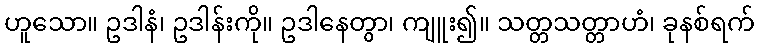
ဟူသော။ ဥဒါနံ၊ ဥဒါန်းကို။ ဥဒါနေတွာ၊ ကျူး၍။ သတ္တသတ္တာဟံ၊ ခုနစ်ရက်